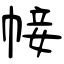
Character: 帹